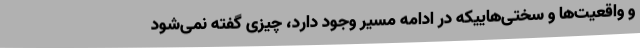
و واقعیت‌ها و سختی‌هاییکه در ادامه مسیر وجود دارد، چیزی گفته نمی‌شود